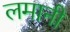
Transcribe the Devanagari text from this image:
लमानी